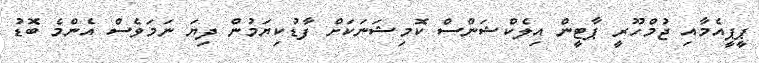
ޕީޕީއެމާއި ޖުމްހޫރީ ޕާޓީން އިލެކްޝަންސް ކޮމިޝަނަކަށް ފާޑުކިޔަމުން ދިޔަ ނަމަވެސް އެންމެ ބޮޑު